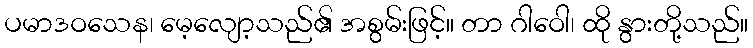
ပမာဒဝသေန၊ မေ့လျော့သည်၏ အစွမ်းဖြင့်။ တာ ဂါဝေါ၊ ထို နွားတို့သည်။